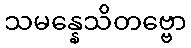
သမန္နေသိတဗ္ဗော